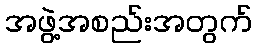
အဖွဲ့အစည်းအတွက်